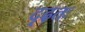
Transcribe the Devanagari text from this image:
दृढ़तः